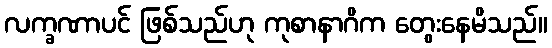
လက္ခဏာပင် ဖြစ်သည်ဟု ကုစာနာဂိက တွေးနေမိသည်။